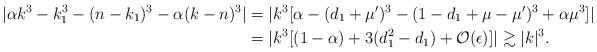
LaTeX: \begin{align*}|\alpha k^3 - k_1^3 - (n-k_1)^3 - \alpha(k-n)^3| &= |k^3[\alpha - (d_1 + \mu')^3 - (1 - d_1 + \mu - \mu')^3 + \alpha \mu^3] |\\&= |k^3[(1-\alpha) + 3(d_1^2 - d_1) + \mathcal{O}(\epsilon)] | \gtrsim |k|^3.\end{align*}